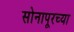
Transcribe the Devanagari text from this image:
सोनापूरच्या